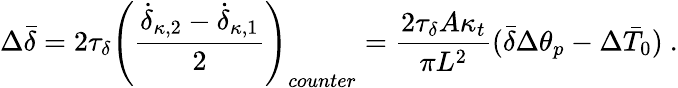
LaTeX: \Delta\bar{\delta}=2\tau_{\delta}\left(\frac{\dot{\delta}_{\kappa,2}-\dot{\delta}_{\kappa,1}}{2}\right)_{counter}=\frac{2\tau_{\delta}A\kappa_{t}}{\pi L^{2}}(\bar{\delta}\Delta\theta_{p}-\Delta\bar{T}_{0})\ .